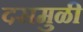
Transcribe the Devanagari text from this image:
दसमुळी